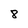
Character: 8